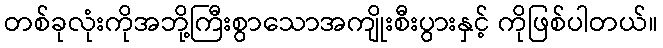
တစ်ခုလုံးကိုအဘို့ကြီးစွာသောအကျိုးစီးပွားနှင့် ကိုဖြစ်ပါတယ်။